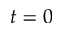
t = 0